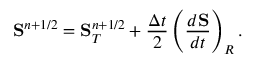
\mathbf { S } ^ { n + 1 / 2 } = \mathbf { S } _ { T } ^ { n + 1 / 2 } + \frac { \Delta t } { 2 } \left( \frac { d \mathbf { S } } { d t } \right) _ { R } .